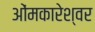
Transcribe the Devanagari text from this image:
ओंमकारेश्‍वर